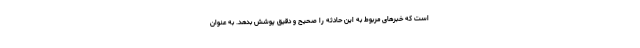
است که خبرهای مربوط به این حادثه را صحیح و دقیق پوشش بدهد. به عنوان